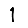
Digit: 1